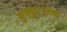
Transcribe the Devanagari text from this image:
कुक्कुटजन्म